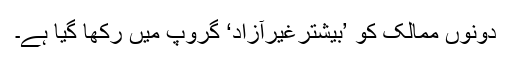
دونوں ممالک کو ’بیشترغیرآزاد‘ گروپ میں رکھا گیا ہے۔